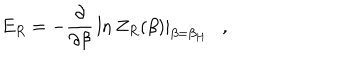
E _ { R } = - { \frac { \partial } { \partial \beta } } \ln Z _ { R } ( \beta ) | _ { \beta = \beta _ { H } } ,